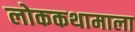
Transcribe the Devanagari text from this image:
लोककथामाला